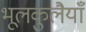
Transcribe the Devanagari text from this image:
भूलकुलैयाँ